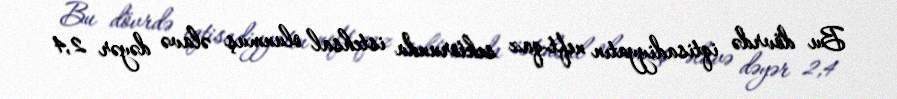
Bu dövrdə iqtisadiyyatın neft-qaz sektorunda istehsal olunmuş əlavə dəyər 2,4